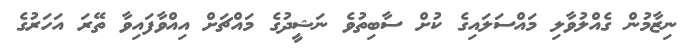
ނިޒާމުން ގެއްލުވާލި މައްސަލައިގެ ކުށް ސާބިތުވެ ނަޝީދުގެ މައްޗަށް އިއްވާފައިވާ ތޭރަ އަހަރުގެ